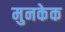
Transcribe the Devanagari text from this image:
मुनकेक